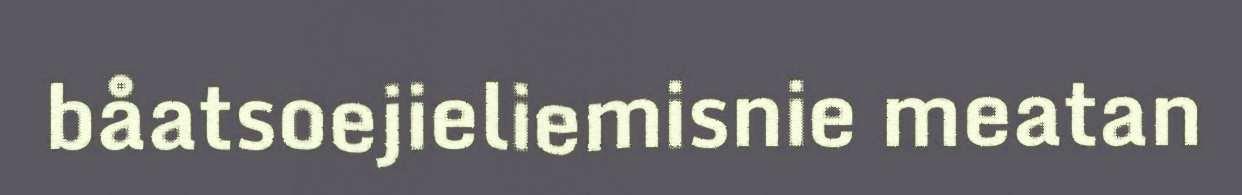
båatsoejieliemisnie meatan